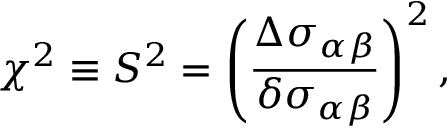
\chi ^ { 2 } \equiv { \cal S } ^ { 2 } = \left( \frac { \Delta \sigma _ { \alpha \beta } } { \delta \sigma _ { \alpha \beta } } \right) ^ { 2 } ,